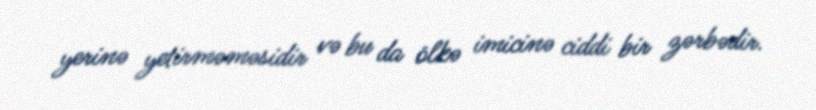
yerinə yetirməməsidir və bu da ölkə imicinə ciddi bir zərbədir.